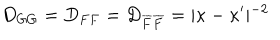
LaTeX: D _ { G G } = D _ { F F } = D _ { \overline { { F } } \overline { { F } } } = \vert \kappa - \kappa ^ { \prime } \vert ^ { - 2 }